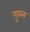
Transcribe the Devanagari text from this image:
गु़स्ल